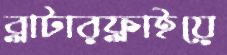
ব্লাটারফ্লাইয়ে